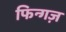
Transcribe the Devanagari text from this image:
फिन्गज़